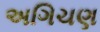
અગિચણ